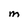
Character: m